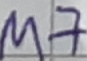
Text: M7